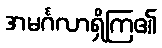
အမင်္ဂလာရှိကြ၏